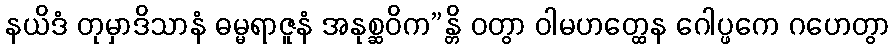
နယိဒံ တုမှာဒိသာနံ ဓမ္မရာဇူနံ အနုစ္ဆဝိက”န္တိ ဝတွာ ဝါမဟတ္ထေန ဂေါပ္ဖကေ ဂဟေတွာ